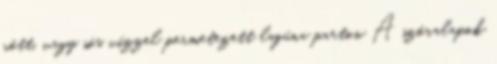
nőtt, vagy sós vízzel permetezett lagúna parton A szőralapok